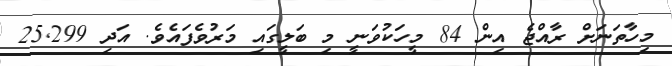
މިހާތަނަށް ރާއްޖެ އިން 84 މީހަކުވަނީ މި ބަލީގައި މަރުވެފައެވެ. އަދި 25